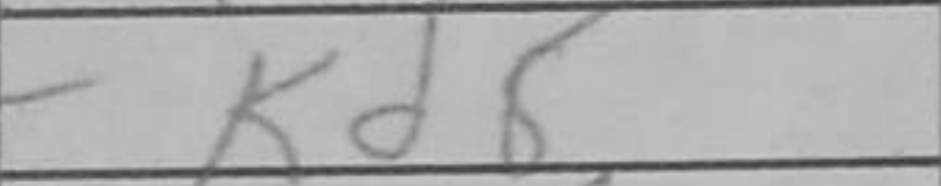
Transcription: Kd6